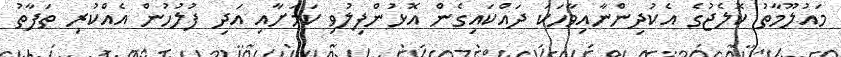
މައުލޫމާތު ކޮލެޖުގެ އެކުުދިންނާއިވާހަކަ ދައްކައިގެން އޮޅުންފިލުވި ކަމަށާއި އަދި ފުލުހުން އެއްކުރި ތަފާތު